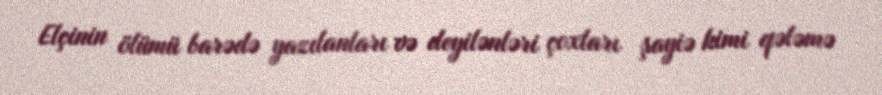
Elçinin ölümü barədə yazılanları və deyilənləri çoxları şayiə kimi qələmə